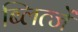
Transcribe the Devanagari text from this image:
ब्लित्जें